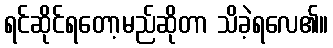
ရင်ဆိုင်ရတော့မည်ဆိုတာ သိခဲ့ရလေ၏။